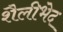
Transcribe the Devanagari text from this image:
शैलीभेद